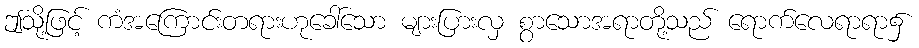
ဤသို့ဖြင့် ကံအကြောင်းတရားဟုခေါ်သော များပြားလှ စွာသောအရာတို့သည် ရောက်လေရာရာ၌